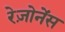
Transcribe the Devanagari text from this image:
रेज़ोनेंस